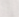
حجة